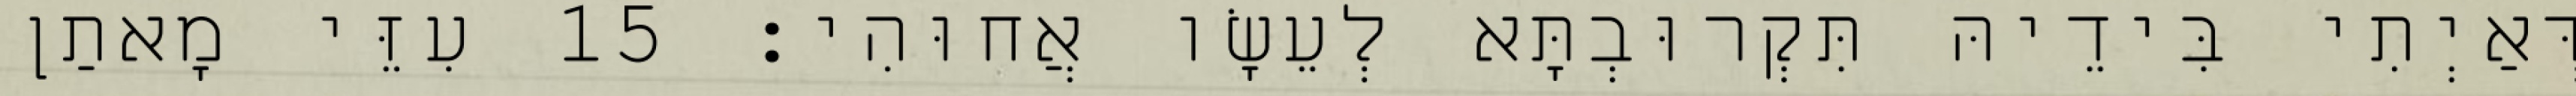
דְּאַיְתִי בִּידֵיהּ תִּקְרוּבְתָּא לְעֵשָׂו אֲחוּהִי׃ 15 עִזֵּי מָאתַן